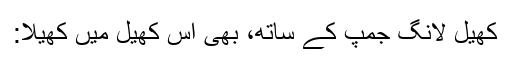
کھیل لانگ جمپ کے ساتھ، بھی اس کھیل میں کھیلا: